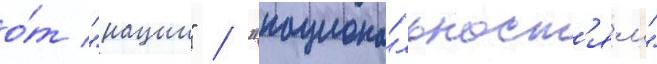
о́т "нации" / "национа́льност'ям"